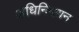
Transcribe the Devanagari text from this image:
अधिनिमयन